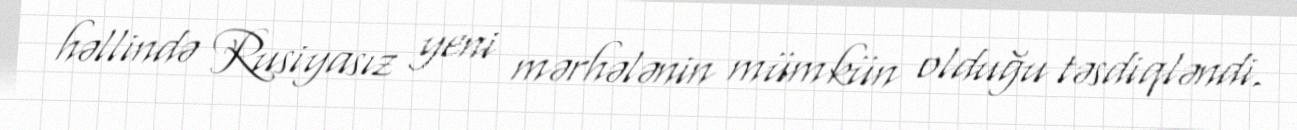
həllində Rusiyasız yeni mərhələnin mümkün olduğu təsdiqləndi.